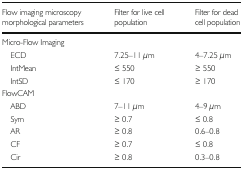
<table><thead><tr><td><b>Flow imaging microscopy morphological parameters</b></td><td><b>Filter for live cell population</b></td><td><b>Filter for dead cell population</b></td></tr></thead><tbody><tr><td colspan="3">Micro-Flow Imaging</td></tr><tr><td> ECD</td><td>7.25–11 μm</td><td>4–7.25 μm</td></tr><tr><td> IntMean</td><td>≤ 550</td><td>≥ 550</td></tr><tr><td> IntSD</td><td>≤ 170</td><td>≥ 170</td></tr><tr><td colspan="3">FlowCAM</td></tr><tr><td> ABD</td><td>7–11 μm</td><td>4–9 μm</td></tr><tr><td> Sym</td><td>≥ 0.7</td><td>≤ 0.8</td></tr><tr><td> AR</td><td>≥ 0.8</td><td>0.6–0.8</td></tr><tr><td> CF</td><td>≥ 0.7</td><td>≤ 0.8</td></tr><tr><td> Cir</td><td>≥ 0.8</td><td>0.3–0.8</td></tr></tbody></table>